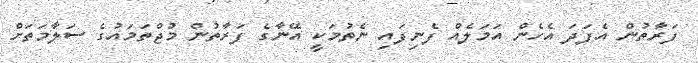
ފަރާތުން އެފަދަ އެހެން އަމަލެއް ފެނިފައި ނެތުމަކީ އޭނާގެ ފަރާތުން މުޖްތަމައުގެ ސަލާމަތަށް